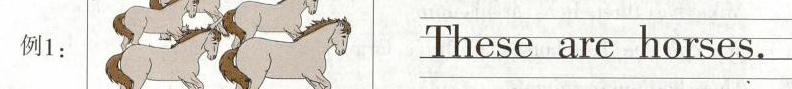
例1：\underline{These aren horses}.